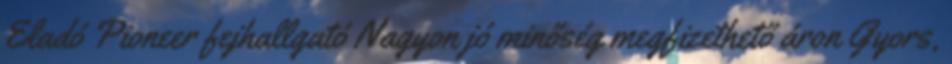
Eladó Pioneer fejhallgató Nagyon jó minőség megfizethető áron Gyors,